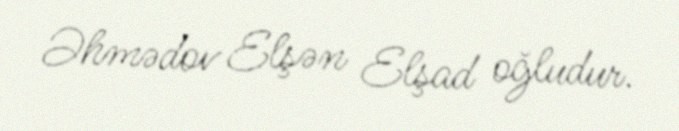
Əhmədov Elşən Elşad oğludur.